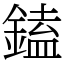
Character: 鎑